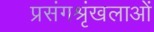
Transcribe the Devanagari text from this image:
प्रसंगश्रृंखलाओं